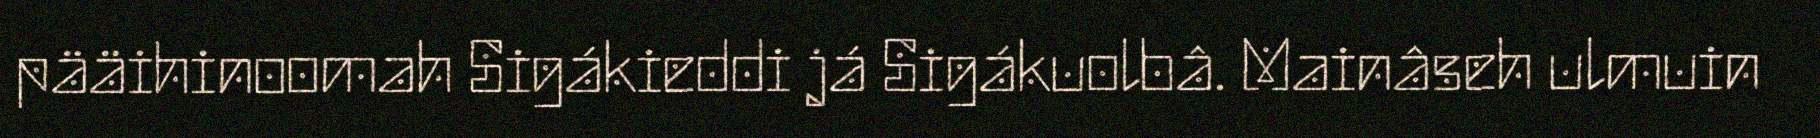
pääihinoomah Sigákieddi já Sigákuolbâ. Mainâseh ulmuin